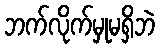
ဘက်လိုက်မှုမရှိဘဲ